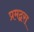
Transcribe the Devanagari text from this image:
प्रमद्वरा